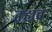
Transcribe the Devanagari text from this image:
तर्‍हाच